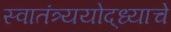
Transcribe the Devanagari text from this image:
स्वातंत्र्ययोद्‌ध्याचे